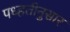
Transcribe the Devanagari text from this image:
पध्हतीनुसार